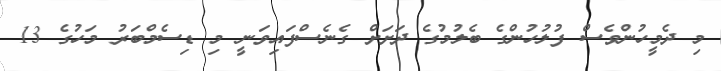
މި ދެމީހުންވެސް ފުލުހުންގެ ބެލުމުގެ ދަށަށް ގެނެސްފައިވަނީ މި ޑިސެމްބަރު މަހުގެ 13